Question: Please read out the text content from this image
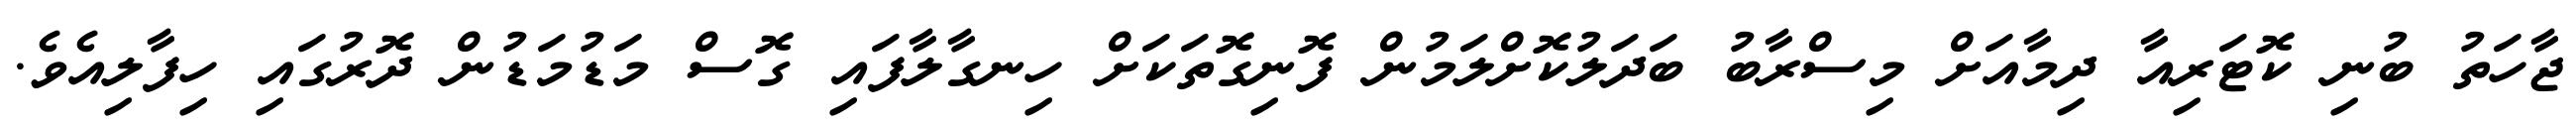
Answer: ޖާހަތު ބުނި ކޮޓަރިއާ ދިމާއަށް މިސްރާބު ބަދަލުކޮށްލަމުން ފޮނިގޮތަކަށް ހިނގާލާފައި ގޮސް މަޑުމަޑުން ދޮރުގައި ހިފާލިއެވެ.